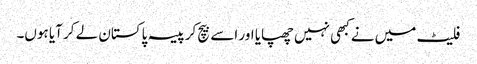
فلیٹ میں نے کبھی نہیں چھپایا اور اسے بیچ کر پیسہ پاکستان لے کر آیا ہوں۔